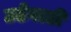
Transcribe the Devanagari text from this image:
उढेवाडी